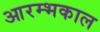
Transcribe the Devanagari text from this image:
आरम्भकाल